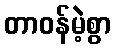
တာဝန်မဲ့စွာ